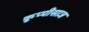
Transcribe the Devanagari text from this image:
कुप्पीसाज